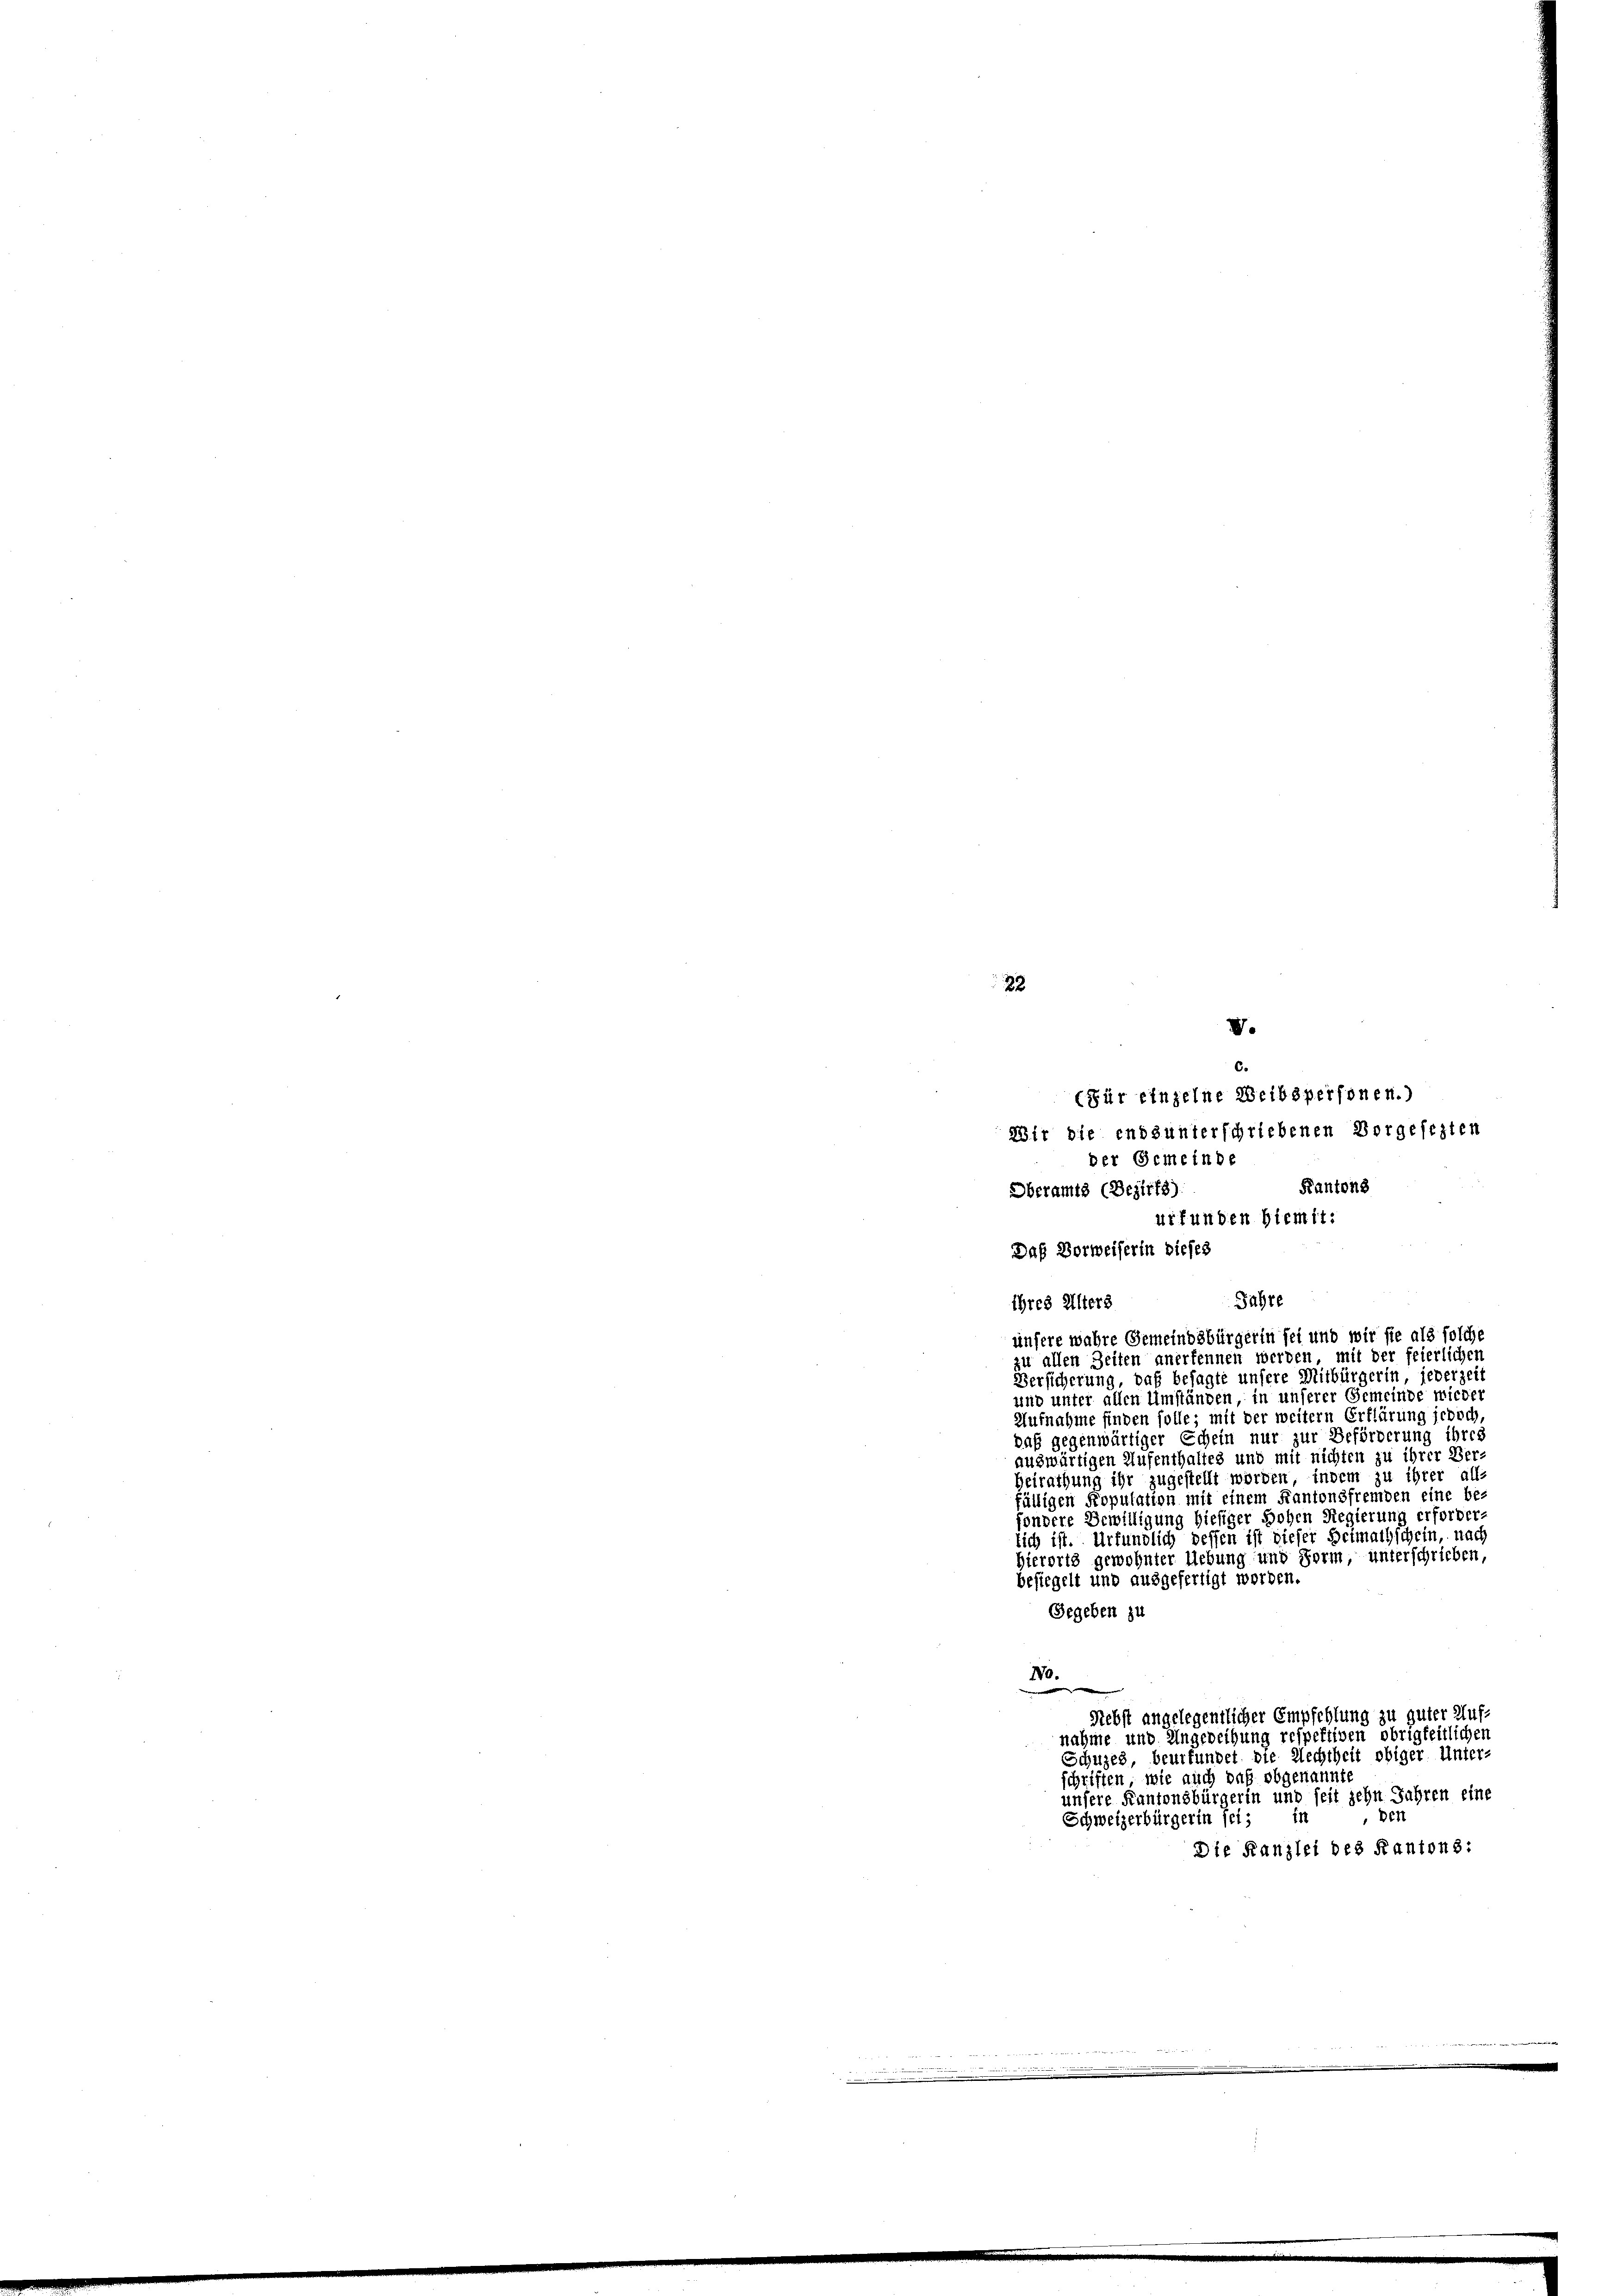
22
V.

c.
(Für einzelne Weibspersonen.)
Wir die ends unterschriebenen Vorgesezten
der Gemeinde
Kantons
Oberamts (Bezirks).
urfunden hiemit:
Daß Vorweiserin dieses
Jahre
ihres Alters
unsere wahre Gemeindsbürgerin sei und wir sie als solche
zu allen Zeiten anerkennen werden, mit der feierlichen
Versicherung, daß besagte unsere Mitbürgerin jederzeit
und unter allen Umständen, in unserer Gemeinde wieder
Aufnahme finden solle; mit der weitern Erklärung jedoch,
daß gegenwärtiger Schein nur zur Beförderung ihres
auswärtigen Aufenthaltes und mit nichten zu ihrer Ber
Heirathung ihr zugestellt worden, indem zu ihrer all-
fälligen Kopulation mit einem Kantonsfremden eine besondere Bewilligung hiesiger Hohen Regierung erforderlich ist. Urfündlich dessen ist dieser Heimathschein, nach
Hierorts gewohnter Uebung und Form unterschrieben,
besiegelt und ausgefertigt worden.
Gegeben zu
No.
e
Rebst angelegentlicher Empfehlung zu guter Aufnahme und Ungeweihung respektiven obrigkeitlichen
Schuzes beurfundet die Rechtheit obiger Unter-
schriften, wie auch pas obgenannt,
unsere Kantonsbürgerin und seit zehn Jahren eine
den
in
Schweizerbürgerin sei,
Die Kanzlei des Kantons: